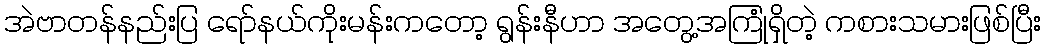
အဲဗာတန်နည်းပြ ရော်နယ်ကိုးမန်းကတော့ ရွန်းနီဟာ အတွေ့အကြုံရှိတဲ့ ကစားသမားဖြစ်ပြီး